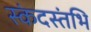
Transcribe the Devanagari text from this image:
स्कंदस्तंभि